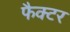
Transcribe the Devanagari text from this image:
फैक्‍टर